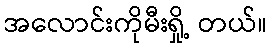
အလောင်းကိုမီးရှို့ တယ်။